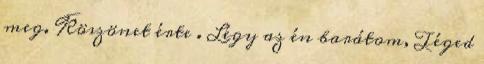
meg. Köszönet érte . Légy az én barátom, Téged